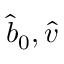
\hat { b } _ { 0 } , \hat { v }